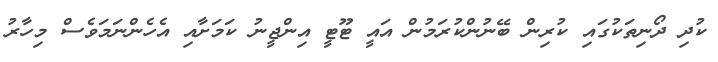
ކުދި ދޯނިތަކުގައި ކުރިން ބޭނުންކުރަމުން އައީ ޓޫޓީ އިންޖީނު ކަމަށާއި އެހެންނަމަވެސް މިހާރު